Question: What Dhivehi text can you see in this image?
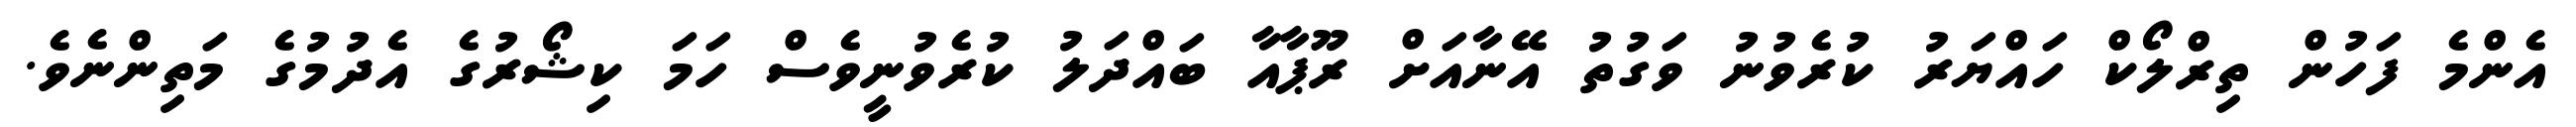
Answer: އެންމެ ފަހުން ތިރްލޯކް ހައްޔަރު ކުރެވުނު ވަގުތު އޭނާއަށް ރޫޕާއާ ބައްދަލު ކުރެވުނީވެސް ހަމަ ކިޝޯރުގެ އެދުމުގެ މަތިންނެވެ.